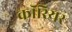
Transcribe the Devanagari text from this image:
कॉरियर